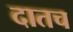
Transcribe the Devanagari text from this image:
दातच